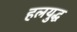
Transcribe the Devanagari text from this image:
हलयुद्ध